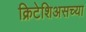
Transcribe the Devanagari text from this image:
क्रिटेशिअसच्या